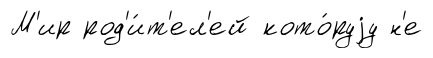
М'ир род'и́т'ел'ей кото́руjу н'е